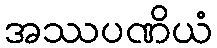
အဿပဏိယံ